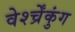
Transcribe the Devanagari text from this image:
वेर्श्च्रेंकुंग